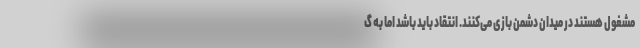
مشغول هستند در میدان دشمن بازی می‌کنند. انتقاد باید باشد اما به گ